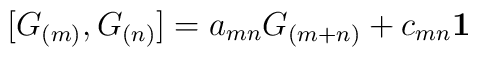
\lbrack G_{(m)},G_{(n)}]=a_{mn}G_{(m+n)}+c_{mn}\mathbf{1}